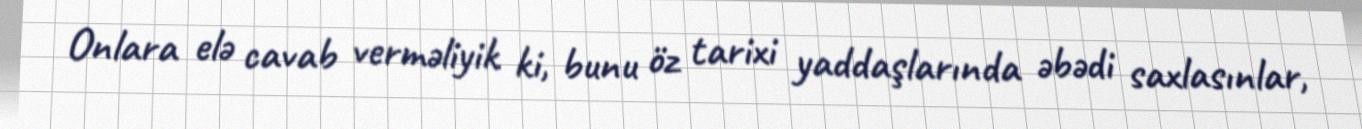
Onlara elə cavab verməliyik ki, bunu öz tarixi yaddaşlarında əbədi saxlasınlar,